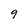
Character: 9